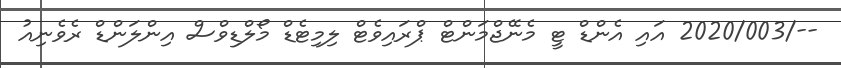
--/2020/003 އައި އެންޑް ޓީ މެނޭޖްމަންޓް ޕްރައިވެޓް ލިމިޓެޑް މޯލްޑިވްސް އިންލަންޑް ރެވެނިއު